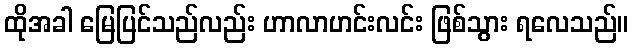
ထိုအခါ မြေပြင်သည်လည်း ဟာလာဟင်းလင်း ဖြစ်သွား ရလေသည်။